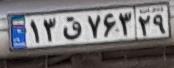
۱۳ق۷۶۳۲۹